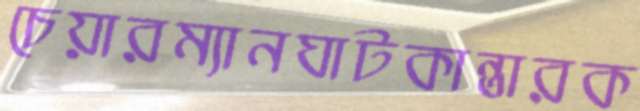
চেয়ারম্যানঘাটকান্তারক